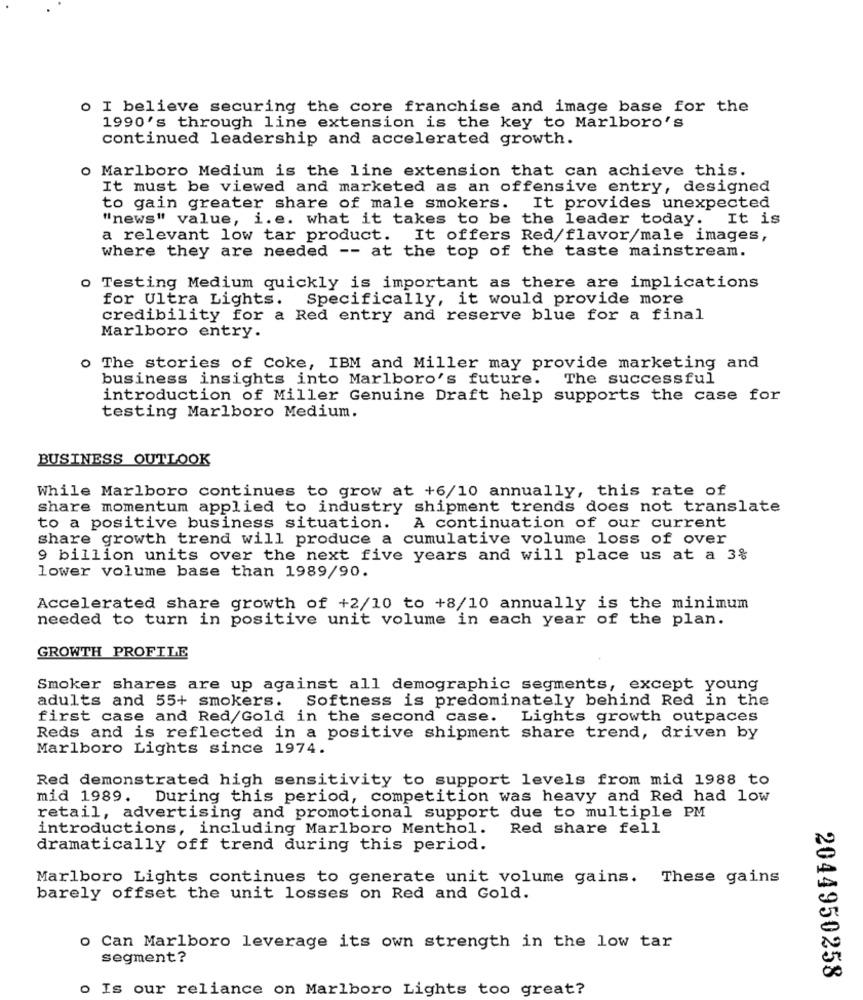
o I believe securing the core franchise and image base for the
1990's through line extension is the key to Marlboro's
continued leadership and accelerated growth.
o Marlboro Medium is the line extension that can achieve this.
It must be viewed and marketed as an offensive entry, designed
to gain greater share of male smokers.
It provides unexpected
"news" value, i.e. what it takes to be the leader today.
It is
a relevant low tar product. It offers Red/flavor/male images,
where they are needed -- at the top of the taste mainstream.
O
Testing Medium quickly is important as there are implications
for Ultra Lights. Specifically, it would provide more
credibility for a Red entry and reserve blue for a final
Marlboro entry.
o The stories of Coke, IBM and Miller may provide marketing and
business insights into Marlboro's future.
The successful
introduction of Miller Genuine Draft help supports the case for
testing Marlboro Medium.
BUSINESS OUTLOOK
While Marlboro continues to grow at +6/10 annually, this rate of
share momentum applied to industry shipment trends does not translate
to a positive business situation.
A continuation of our current
share growth trend will produce a cumulative volume loss of over
9 billion units over the next five years and will place us at a 3%
lower volume base than 1989/90.
Accelerated share growth of +2/10 to +8/10 annually is the minimum
needed to turn in positive unit volume in each year of the plan.
GROWTH PROFILE
Smoker shares are up against all demographic segments, except young
adults and 55+ smokers. Softness is predominately behind Red in the
first case and Red/Gold in the second case. Lights growth outpaces
Reds and is reflected in a positive shipment share trend, driven by
Marlboro Lights since 1974.
Red demonstrated high sensitivity to support levels from mid 1988 to
mid 1989. During this period, competition was heavy and Red had low
retail, advertising and promotional support due to multiple PM
introductions, including Marlboro Menthol.
Red share fell
dramatically off trend during this period.
Marlboro Lights continues to generate unit volume gains. These gains
barely offset the unit losses on Red and Gold.
o Can Marlboro leverage its own strength in the low tar
segment?
2044950258
o Is our reliance on Marlboro Lights too great?